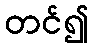
တင်၍